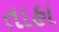
તાહા